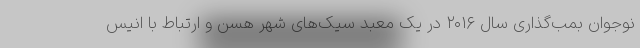
نوجوان بمب‌گذاری سال ۲۰۱۶ در یک معبد سیک‌های شهر هسن و ارتباط با انیس